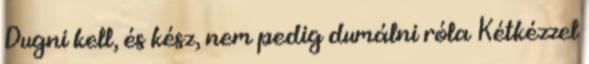
Dugni kell, és kész, nem pedig dumálni róla Kétkézzel